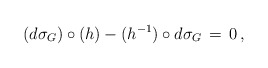
\begin{align*}(d\sigma_G)\circ (h) -(h^{-1})\circ d\sigma_G\,=\, 0\, ,\end{align*}